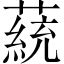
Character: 𦼟